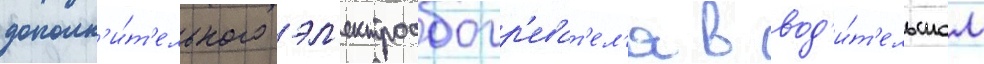
дополн'и́т'ельного эл'ектрообогр'еват'ел'я в вод'и́т'ельском